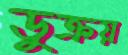
ডুক্‌রয়